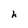
Character: h